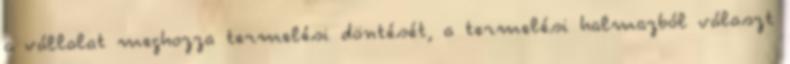
a vállalat meghozza termelési döntését, a termelési halmazból választ